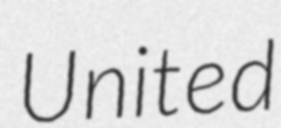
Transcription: United